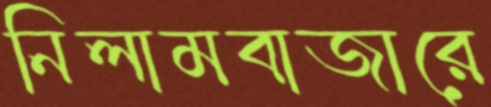
নিলামবাজারে